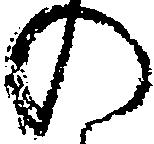
の